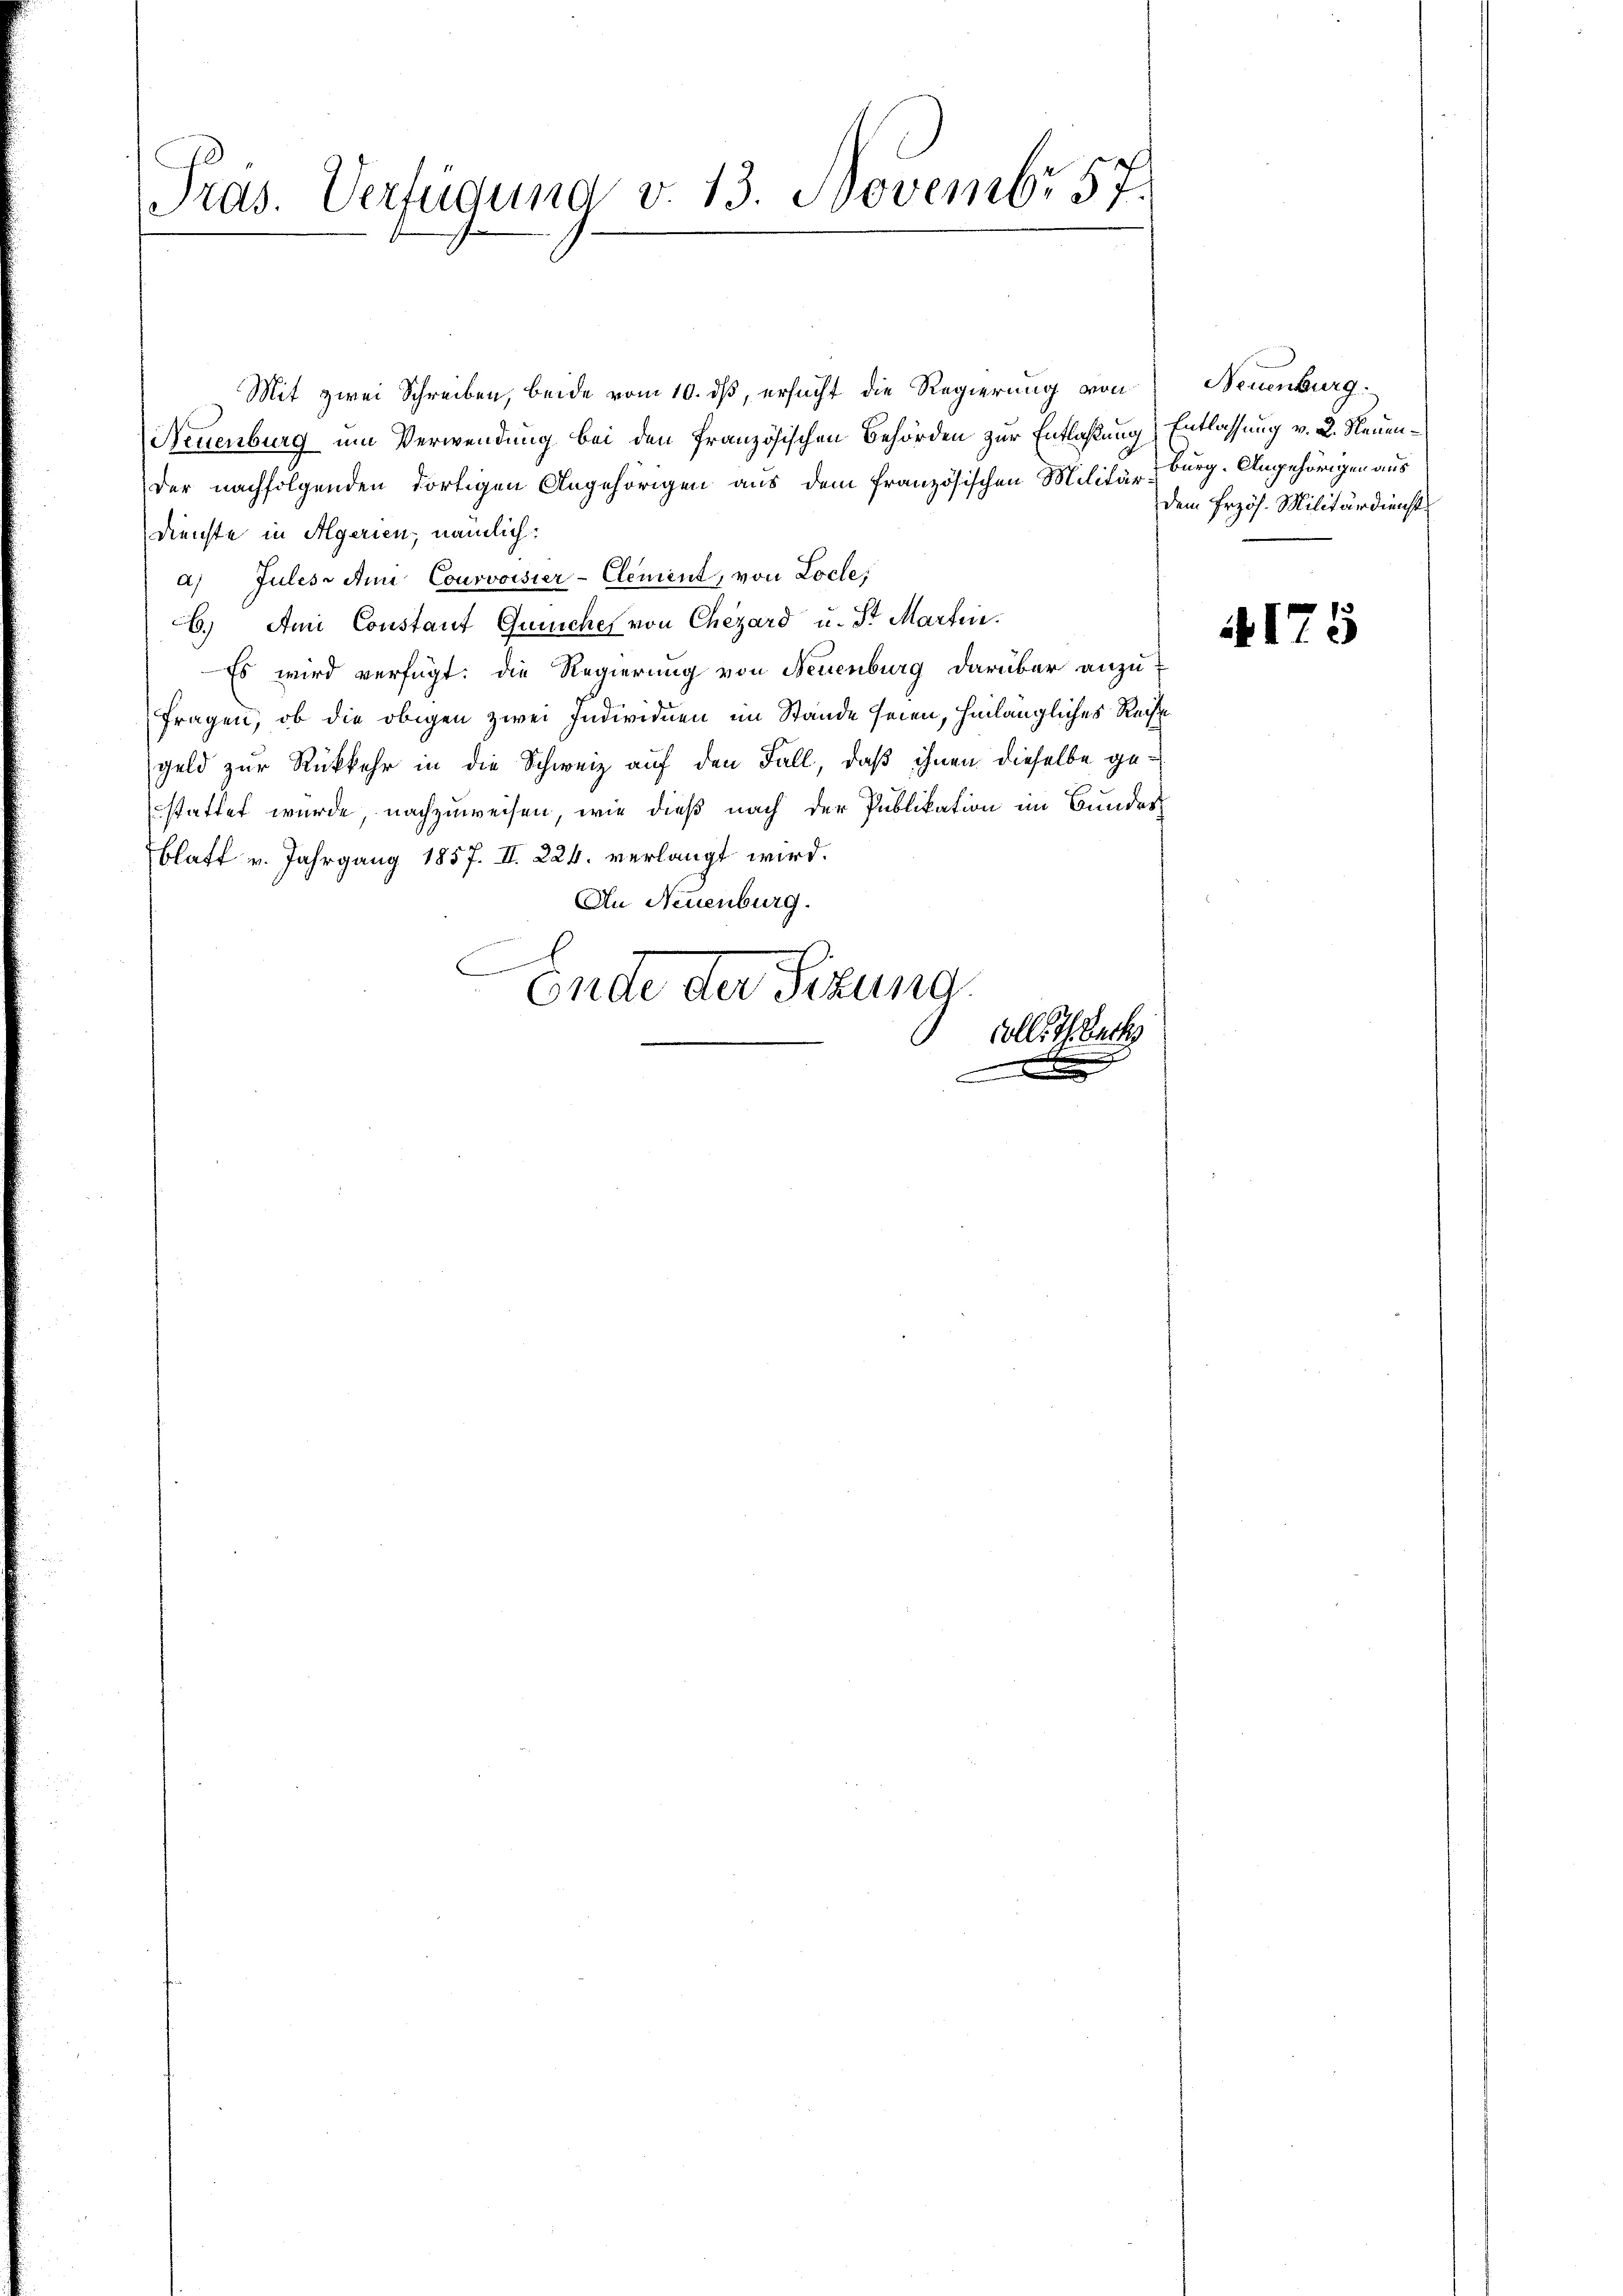
Pras. Verfügung v. 13. Novembr 57.

Mit zwei Schreiben, beide vom 10. ds, ersucht die Regierung von
Neuenburg um Verwendung bei den französischen Behörden zur Entlaßung) Entlassung v. 2. Neuender nachfolgenden dortigen Angehörigen aus dem französischen Militär-Burg. Angehörigen aus
Dienste in Algerien, nämlich:
a) Jules Ami Courvoisier-Clement, von Locle;
6.) Ami Constant Gunches von Chezard u. St. Martin.
Es wird verfügt: die Regierung von Neuenburg darüber anzu-
fragen, ob die obigen zwei Individuen im Stande seien, hinlängliches Recht
geld zur Rückkehr in die Schweiz auf den Fall, daß ihnen dieselbe gestattet wurde, nachzuweisen, wie dieß nach der Publikation im Bundes
Blatt v. Jahrgang 1857. II. 226. verlangt wird.
An Neuenburg.
Ende der Sizung
Colle. Th. Becke

x

Neuenburg.
dem Erzös. Militärdienst

4175